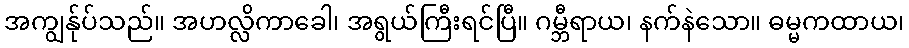
အကျွန်ုပ်သည်။ အဟလ္လိကာခေါ၊ အရွယ်ကြီးရင်ပြီ။ ဂမ္ဘီရာယ၊ နက်နဲသော။ ဓမ္မကထာယ၊